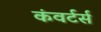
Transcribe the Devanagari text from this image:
कंवर्टर्स